Source: Handwritten
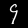
Digit: ၄ (4)